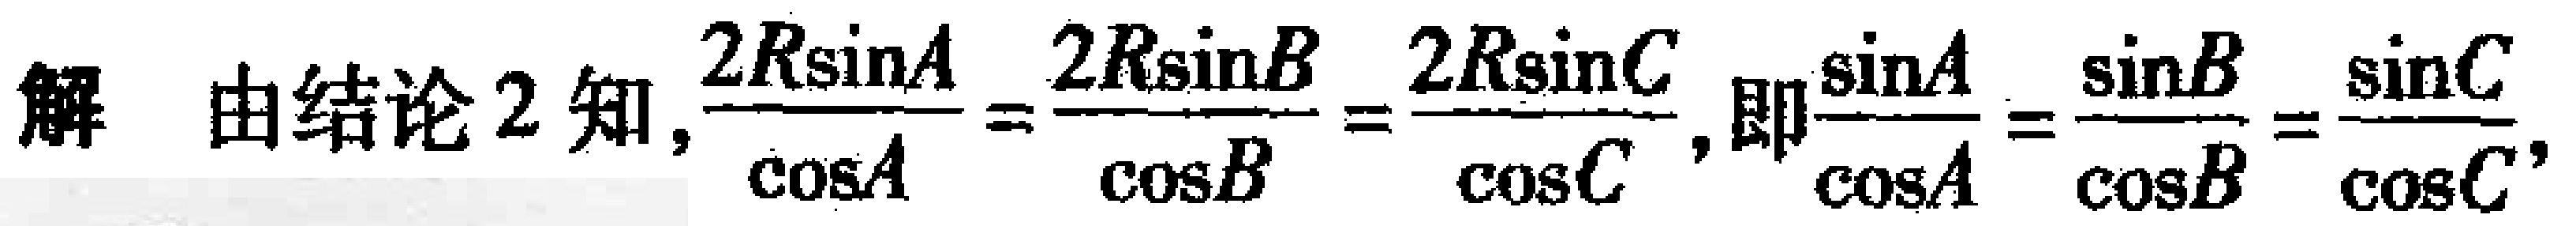
解 由结论 2 知, $\frac{2R\sin A}{\cos A}=\frac{2R\sin B}{\cos B}=\frac{2R\sin C}{\cos C}$, 即$\frac{\sin A}{\cos A}=\frac{\sin B}{\cos B}=\frac{\sin C}{\cos C}$,